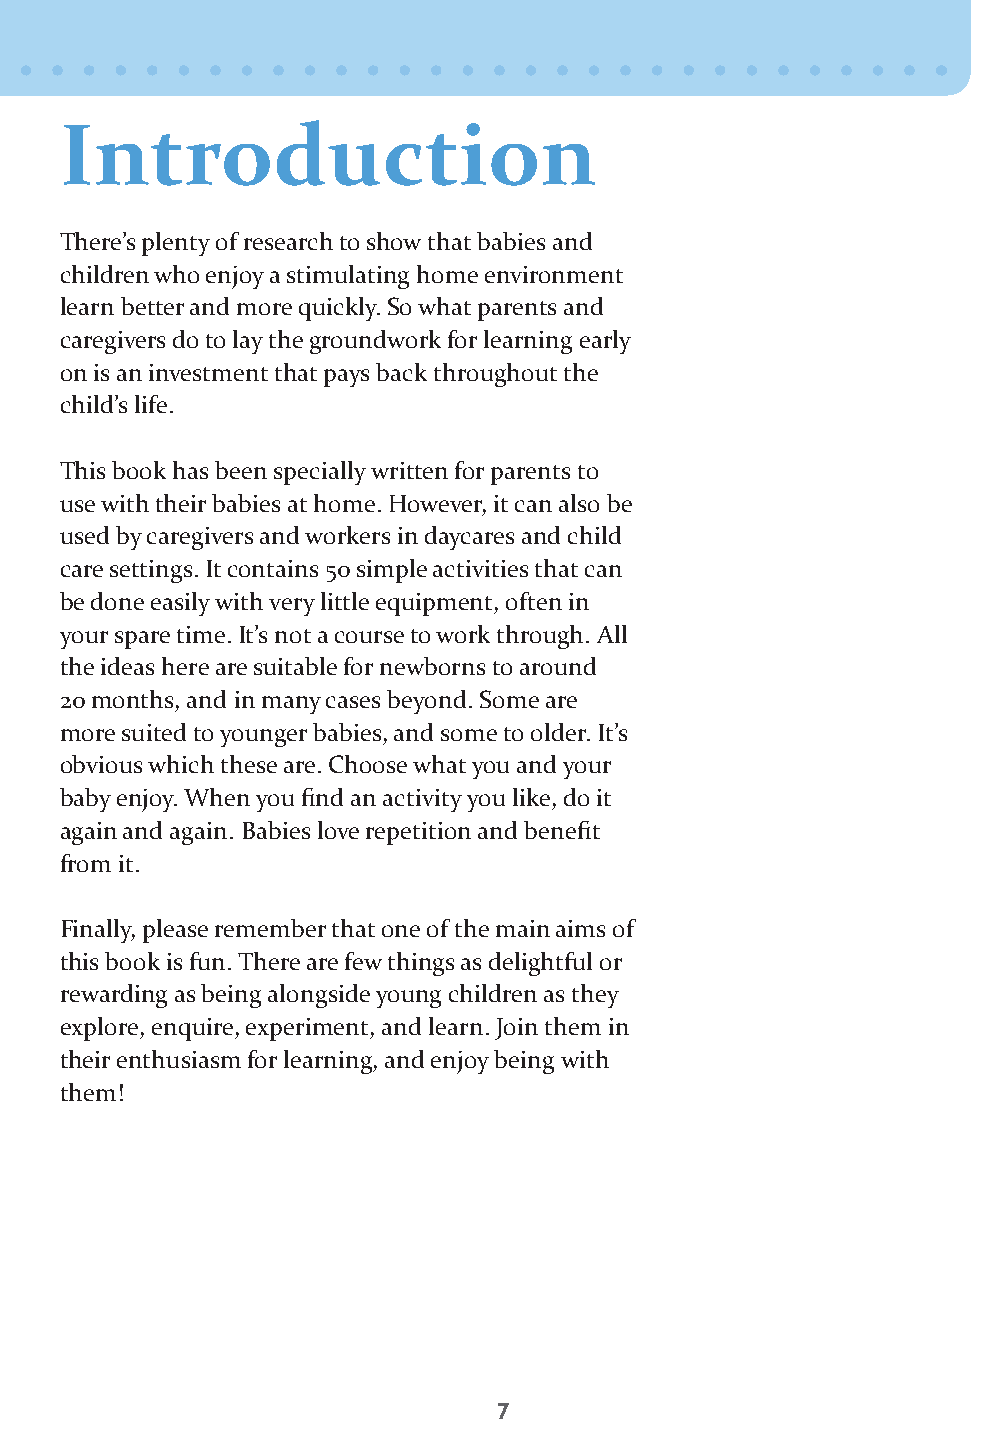
Introduction
 There’s plenty of research to show that babies and
 children who enjoy a stimulating home environment
 learn better and more quickly. So what parents and
 caregivers do to lay the groundwork for learning early
 on is an investment that pays back throughout the
 child’s life.
 This book has been specially written for parents to
 use with their babies at home. However, it can also be
 used by caregivers and workers in daycares and child
 care settings. It contains 50 simple activities that can
 be done easily with very little equipment, often in
 your spare time. It’s not a course to work through. All
 the ideas here are suitable for newborns to around
 20 months, and in many cases beyond. Some are
 more suited to younger babies, and some to older. It’s
 obvious which these are. Choose what you and your
 baby enjoy. When you find an activity you like, do it
 again and again. Babies love repetition and benefit
 from it.
 Finally, please remember that one of the main aims of
 this book is fun. There are few things as delightful or
 rewarding as being alongside young children as they
 explore, enquire, experiment, and learn. Join them in
 their enthusiasm for learning, and enjoy being with
 them!
 7
 50FunBabies_FNL.indd 7                                    1/4/13 10:11 AM